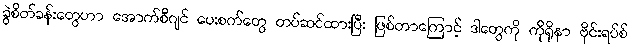
ခွဲစိတ်ခန်းတွေဟာ အောက်စီဂျင် ပေးစက်တွေ တပ်ဆင်ထားပြီး ဖြစ်တာကြောင့် ဒါတွေကို ကိုရိုနာ ဗိုင်းရပ်စ်